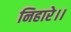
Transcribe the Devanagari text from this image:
निहारे।।